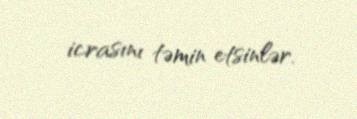
icrasını təmin etsinlər.